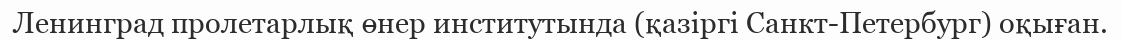
Ленинград пролетарлық өнер институтында (қазіргі Санкт-Петербург) оқыған.